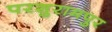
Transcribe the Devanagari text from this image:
परशुरामपुर